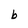
Character: b